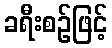
ခရီးစဉ်ဖြင့်